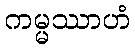
ကမ္မဿာဟံ